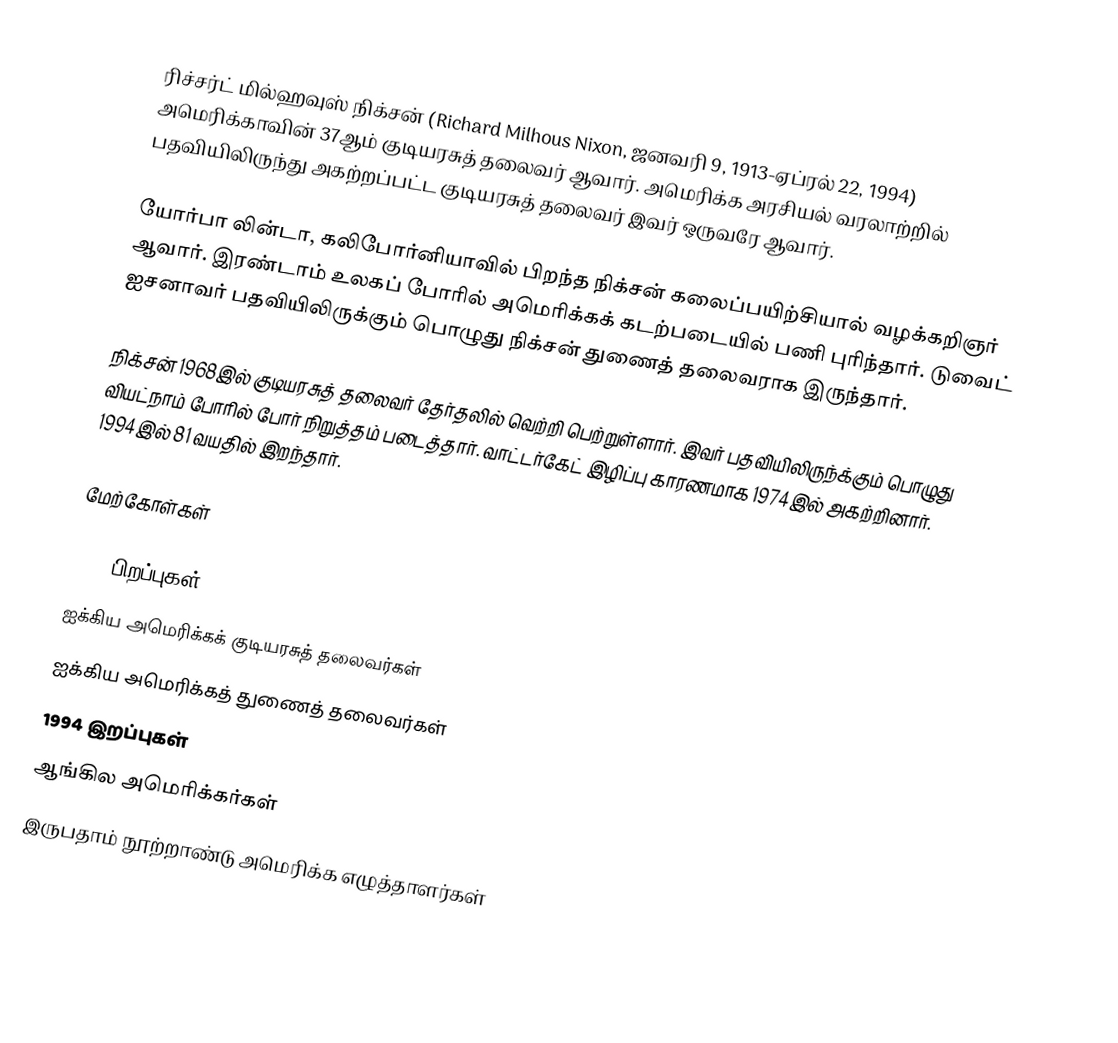
ரிச்சர்ட் மில்ஹவுஸ் நிக்சன் (Richard Milhous Nixon, ஜனவரி 9, 1913-ஏப்ரல் 22, 1994) அமெரிக்காவின் 37ஆம் குடியரசுத் தலைவர் ஆவார். அமெரிக்க அரசியல் வரலாற்றில் பதவியிலிருந்து அகற்றப்பட்ட  குடியரசுத் தலைவர்  இவர் ஒருவரே  ஆவார்.

யோர்பா லின்டா, கலிபோர்னியாவில் பிறந்த நிக்சன் கலைப்பயிற்சியால் வழக்கறிஞர் ஆவார். இரண்டாம் உலகப் போரில் அமெரிக்கக் கடற்படையில் பணி புரிந்தார். டுவைட் ஐசனாவர் பதவியிலிருக்கும் பொழுது நிக்சன் துணைத் தலைவராக இருந்தார்.

நிக்சன் 1968இல் குடியரசுத் தலைவர் தேர்தலில் வெற்றி பெற்றுள்ளார். இவர் பதவியிலிருந்க்கும் பொழுது வியட்நாம் போரில் போர் நிறுத்தம் படைத்தார். வாட்டர்கேட் இழிப்பு காரணமாக 1974இல் அகற்றினார். 1994இல் 81 வயதில் இறந்தார்.

மேற்கோள்கள்

1913 பிறப்புகள்
ஐக்கிய அமெரிக்கக் குடியரசுத் தலைவர்கள்
ஐக்கிய அமெரிக்கத் துணைத் தலைவர்கள்
1994 இறப்புகள்
ஆங்கில அமெரிக்கர்கள்
இருபதாம் நூற்றாண்டு அமெரிக்க எழுத்தாளர்கள்